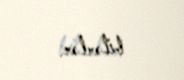
bilərlər.